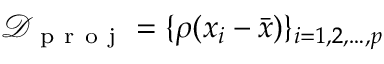
\mathcal { D } _ { \mathrm { ~ p ~ r ~ o ~ j ~ } } = \{ \rho ( x _ { i } - \bar { x } ) \} _ { i = 1 , 2 , \ldots , p }